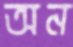
অন